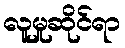
လူမှုဆိုင်ရာ